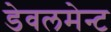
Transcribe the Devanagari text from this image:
डेवलमेन्ट